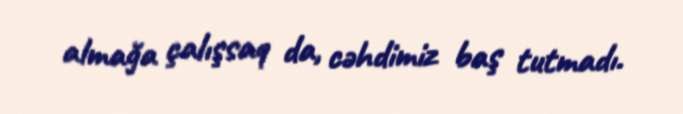
almağa çalışsaq da, cəhdimiz baş tutmadı.